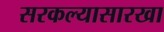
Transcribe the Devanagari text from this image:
सरकल्यासारखा